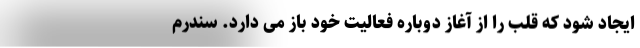
ایجاد شود که قلب را از آغاز دوباره فعالیت خود باز می دارد. سندرم